Cholera in southern India
Disease focus: Cholera
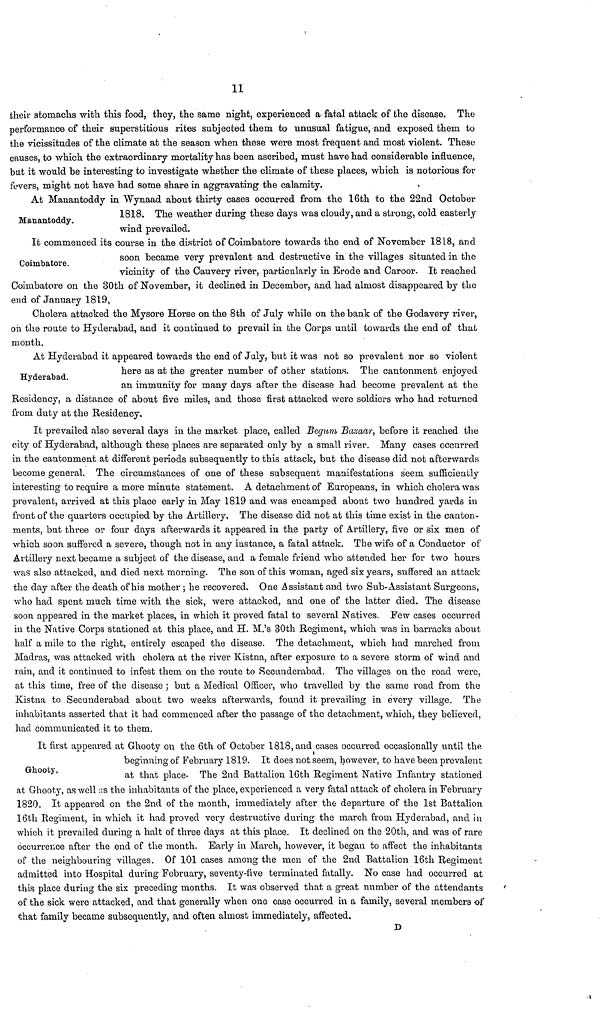
11
their stomachs with this food, they, the same night, experienced a fatal attack of the disease. The
performance of their superstitious rites subjected them to unusual fatigue, and exposed them to
the vicissitudes of the climate at the season when these were most frequent and most violent. These
causes, to which the extraordinary mortality has been ascribed, must have had considerable influence,
but it would be interesting to investigate whether the climate of these places, which is notorious for
fevers, might not have had some share in aggravating the calamity.
Manantoddy.
At Manantoddy in Wynaad about thirty cases occurred from the 16th to the 22nd October
1818. The weather during these days was cloudy, and a strong, cold easterly
wind prevailed.
Coimbatore.
It commenced its course in the district of Coimbatore towards the end of November 1818, and
soon became very prevalent and destructive in the villages situated in the
vicinity of the Cauvery river, particularly in Erode and Caroor. It reached
Coimbatore on the 80th of November, it declined in December, and had almost disappeared by the
end of January 1819,
Cholera attacked the Mysore Horse on the 8th of July while on the bank of the Grodavery river,
on the route to Hyderabad, and it continued to prevail in the Corps until towards the end of that
month.
Hyderabad.
At Hyderabad it appeared towards the end of July, bub it was not so prevalent nor so violent
here as at the greater number of other stations. The cantonment enjoyed
an immunity for many days after the disease had become prevalent at the
Residency, a distance of about five miles, and those first attacked were soldiers who had returned
from duty at the Residency.
It prevailed also several days in the market place, called Begum Bazaar, before it reached the
city of Hyderabad, although these places are separated only by a small river. Many cases occurred
in the cantonment at different periods subsequently to this attack, but the disease did not afterwards
become general. The circumstances of one of these subsequent manifestations seem sufficiently
interesting to require a more minute statement. A detachment of Europeans, in which cholera was
prevalent, arrived at this place early in May 1819 and was encamped about two hundred yards in
front of the quarters occupied by the Artillery, The disease did not at this time exist in the canton-
ments, but three or four days afterwards it appeared in the party of Artillery, five or six men of
which soon suffered a severe, though not in any instance, a fatal attack. The wife of a Conductor of
Artillery next became a subject of the disease, and a female friend who attended her for two hours
was also attacked, and died next morning. The son of this woman, aged six years, suffered an attack
the day after the death of his mother ; he recovered. One Assistant and two Sub-Assistant Surgeons,
who had spent much time with the sick, were attacked, and one of the latter died. The disease
soon appeared in the market places, in which it proved fatal to several Natives. Few cases occurred
in the Native Corps stationed at this place, and H. M.'s 30th Regiment, which was in barracks about
half a mile to the right, entirely escaped the disease. The detachment, which had marched from
Madras, was attacked with cholera at the river Kistna, after exposure to a severe storm of wind and
rain, and it continued to infest them on the route to Seounderabad. The villages on the road were,
at this time, free of the disease ; but a Medical Officer, who travelled by the same road from the
Kistna to Secunderabad about two weeks afterwards, found it prevailing in every village. The
inhabitants asserted that it had commenced after the passage of the detachment, which, they believed,
had communicated it to them.
Ghooty.
It first appeared at Ghooty on the 6th of October 1818, and cases occurred occasionally until the.
beginning of February 1819. It does not seem, however, to have been prevalent
at that place. The 2nd Battalion 16th Regiment Native Infantry stationed
at Ghooty, as well as the inhabitants of the place, experienced a very fatal attack of cholera in February
1820. It appeared on the 2nd of the month, immediately after the departure of the 1st Battalion
16th Regiment, in which it had proved very destructive during the march from Hyderabad, and in
which it prevailed during a halt of three days at this place. It declined on the 20th, and was of rare
occurrence after the end of the month. Early in March, however, it began to affect the inhabitants
of the neighbouring villages. Of 101 cases among the men of the 2nd Battalion 16th Regiment
admitted into Hospital during February, seventy-five terminated fatally. No case had occurred at
this place during the six preceding months. It was observed that a great number of the attendants
of the sick were attacked, and that generally when one case occurred in a family, several members of
that family became subsequently, and often almost immediately, affected.
D